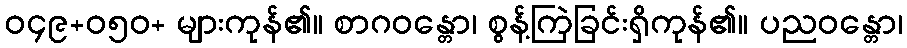
ဝ၄၉+၀၅ဝ+ များကုန်၏။ စာဂဝန္တော၊ စွန့်ကြဲခြင်းရှိကုန်၏။ ပညဝန္တော၊